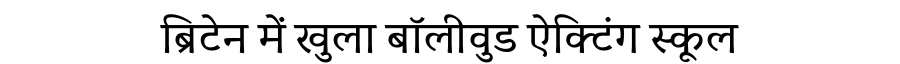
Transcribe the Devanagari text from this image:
ब्रिटेन में खुला बॉलीवुड ऐक्टिंग स्कूल